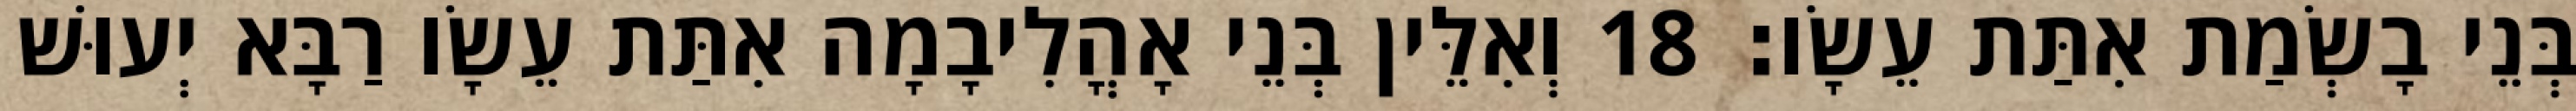
בְּנֵי בָשְׂמַת אִתַּת עֵשָׂו׃ 18 וְאִלֵּין בְּנֵי אָהֳלִיבָמָה אִתַּת עֵשָׂו רַבָּא יְעוּשׁ